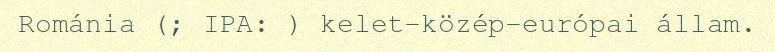
Románia (; IPA: ) kelet-közép-európai állam.